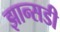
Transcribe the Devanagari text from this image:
झान्सडी